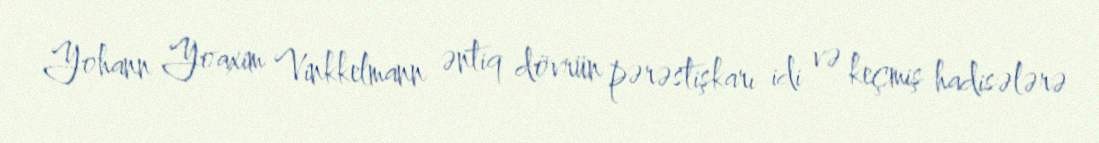
Yohann Yoaxim Vinkkelmann əntiq dövrün pərəstişkarı idi və keçmiş hadisələrə